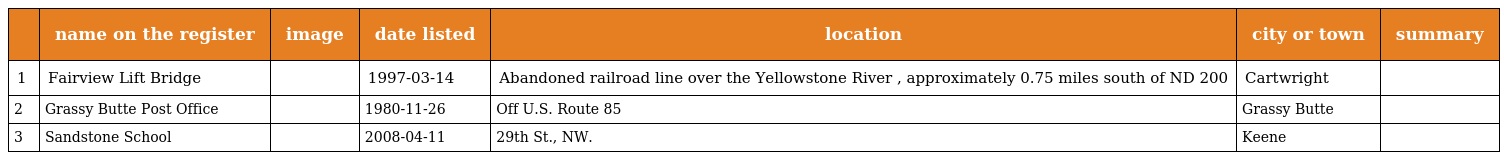
|  | name on the register | image | date listed | location | city or town | summary |
 | --- | --- | --- | --- | --- | --- | --- |
 | 1 | Fairview Lift Bridge |  | 1997-03-14 | Abandoned railroad line over the Yellowstone River , approximately 0.75 miles south of ND 200 | Cartwright |  |
 | 2 | Grassy Butte Post Office |  | 1980-11-26 | Off U.S. Route 85 | Grassy Butte |  |
 | 3 | Sandstone School |  | 2008-04-11 | 29th St., NW. | Keene |  |